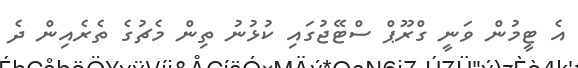
އެ ޓީމުން ވަނީ ގްރޫޕް ސްޓޭޖުގައި ކުޅުނު ތިން މެޗުގެ ތެރެއިން ދެ